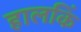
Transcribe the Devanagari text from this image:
हालकिं